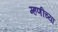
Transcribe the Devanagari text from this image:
म्हणींच्या